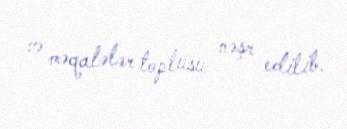
və məqalələr toplusu nəşr edilib.